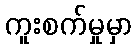
ကူးစက်မှုမှာ